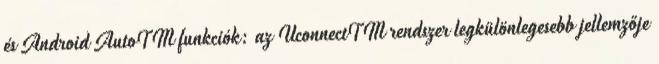
és Android AutoTM funkciók: az UconnectTM rendszer legkülönlegesebb jellemzője